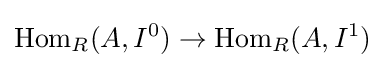
{\text{Hom}}_{R}(A,I^{0})\rightarrow {\text{Hom}}_{R}(A,I^{1})